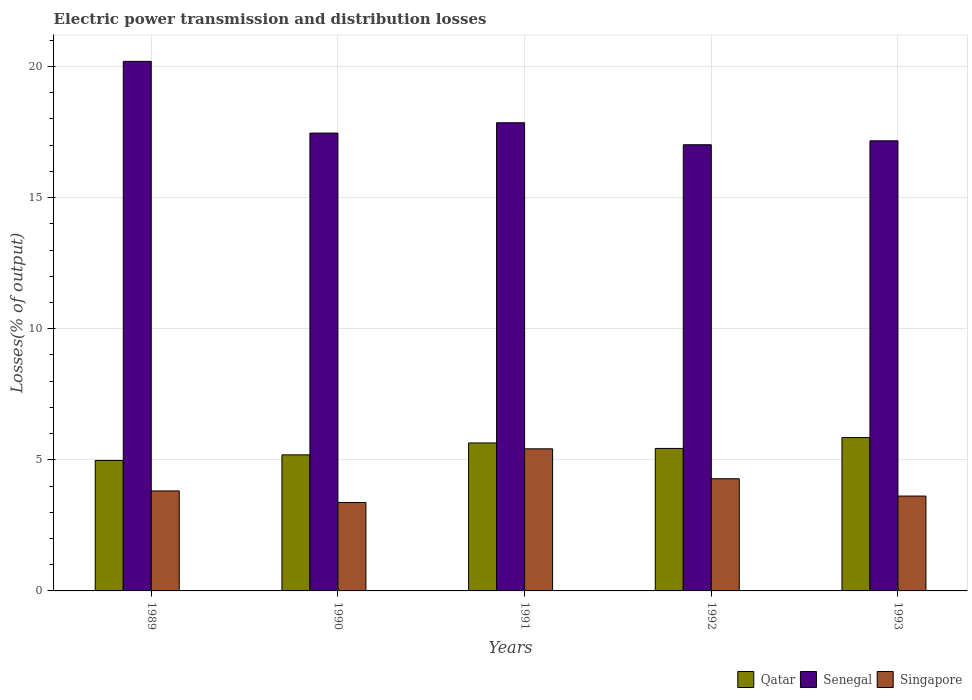
| Years | Qatar | Senegal | Singapore |
 | --- | --- | --- | --- |
 | 1989 | 4.97 | 20.2 | 3.81 |
 | 1990 | 5.19 | 17.5 | 3.37 |
 | 1991 | 5.64 | 17.9 | 5.42 |
 | 1992 | 5.43 | 17 | 4.28 |
 | 1993 | 5.85 | 17.2 | 3.62 |